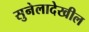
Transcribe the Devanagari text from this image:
सुनेलादेखील